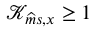
\mathcal { K } _ { \widehat { m } s , x } \protect \geq 1